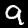
Digit: 9